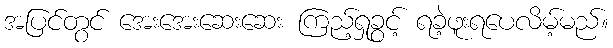
အပြင်တွင် အေးအေးဆေးဆေး ကြည့်ရှုခွင့် ရခဲ့ဖူးရပေလိမ့်မည်။